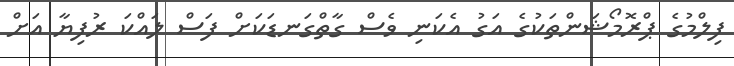
ފިލްމުގެ ޕްރޮމޯޝަންތަކުގެ އަގު އެކަނި ވެސް ގާތްގަނޑަކަށް ފަސް ލައްކަ ރުފިޔާ އަށް